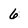
Character: 6